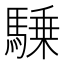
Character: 𱄥